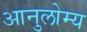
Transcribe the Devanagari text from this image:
आनुलोम्य